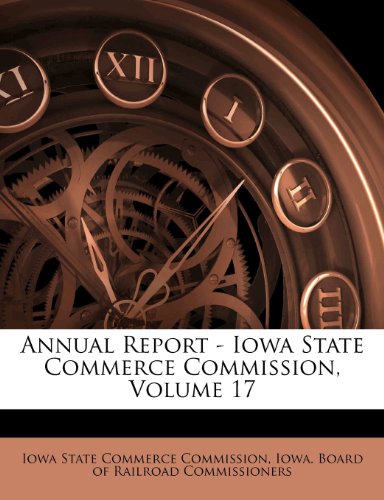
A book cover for Annual Report - Iowa State Commerce Commission, Volume 17; Law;